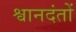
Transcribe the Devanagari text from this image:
श्वानदंतों